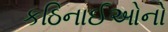
કઠિનાઈઓનો